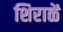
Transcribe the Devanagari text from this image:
शिराळें